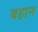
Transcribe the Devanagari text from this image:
बहान